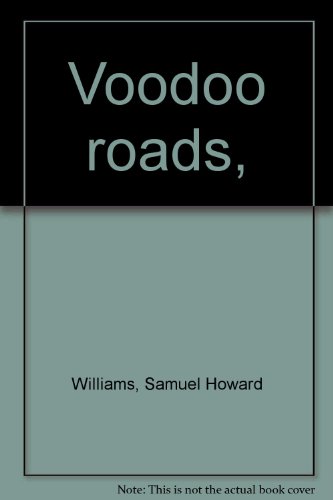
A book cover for Voodoo roads,; Samuel Howard Williams; Travel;